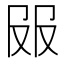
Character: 𰆼